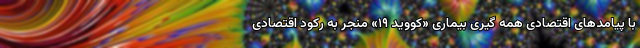
با پیامدهای اقتصادی همه گیری بیماری «کووید ۱۹» منجر به رکود اقتصادی